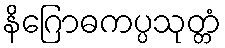
နိဂြောဓကပ္ပသုတ္တံ